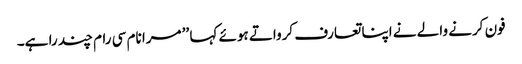
فون کرنے والے نے اپنا تعارف کرواتے ہوئے کہا ’’ مرا نام سی رام چند را ہے۔